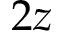
2 z